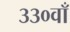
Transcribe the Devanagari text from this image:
३३०वाँ